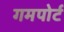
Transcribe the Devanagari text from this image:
गमपोर्ट